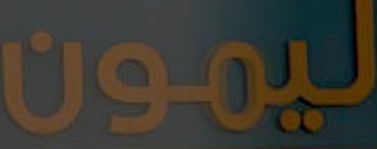
ليمون